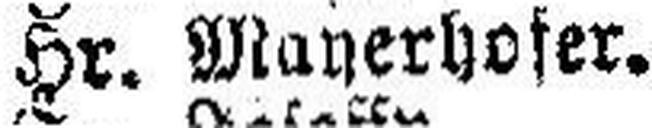
Hr. Magerhofer.